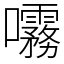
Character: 𫝞